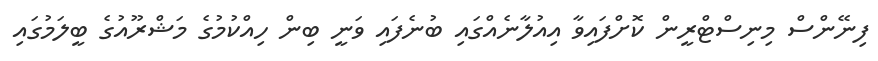
ފިނޭންސް މިނިސްޓްރީން ކޮށްފައިވާ އިއުލާނެއްގައި ބުނެފައި ވަނީ ބިން ހިއްކުމުގެ މަޝްރޫއުގެ ބީލަމުގައި